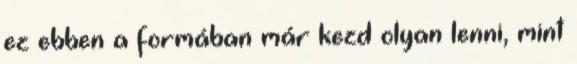
ez ebben a formában már kezd olyan lenni, mint